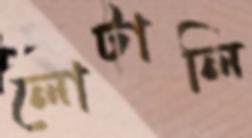
লোটালি